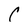
Character: C